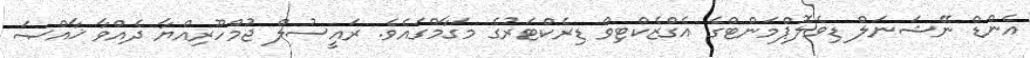
އެންޑް ނޭޝަނަލް ޑިވެލޮޕްމަންޓްގެ އެގްޒެކްޓިވް ޑިރެކްޓަރުގެ މަގާމްގައެވެ. ރައީސުލް ޖުމްހޫރިއްޔާ ދެއްވާ ޚާއްޞަ